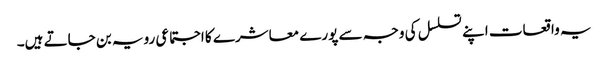
یہ واقعات اپنے تسلسل کی وجہ سے پورے معاشرے کا اجتماعی رویہ بن جاتے ہیں۔